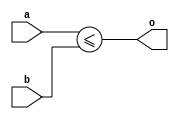
module basic_compare_le(input [1:0] a, input[1:0] b, output o);
	assign o = a <= b;
endmodule